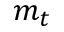
m _ { t }